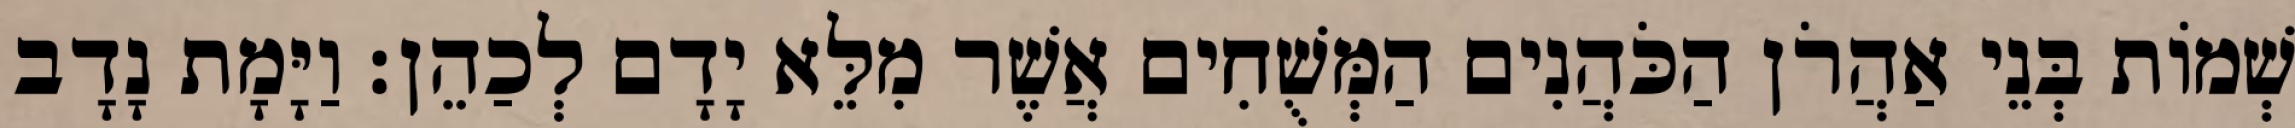
שְׁמוֹת בְּנֵי אַהֲרֹן הַכֹּהֲנִים הַמְּשֻׁחִים אֲשֶׁר מִלֵּא יָדָם לְכַהֵן׃ וַיָּמָת נָדָב